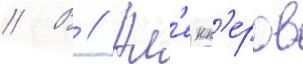
// В // Ал'екп'еров